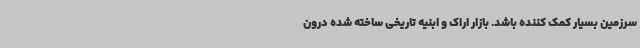
سرزمین بسیار کمک کننده باشد. بازار اراک و ابنیه تاریخی ساخته شده درون